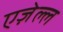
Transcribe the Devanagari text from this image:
एज़ेल्ल